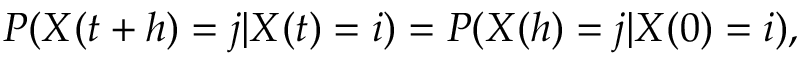
P ( X ( t + h ) = j | X ( t ) = i ) = P ( X ( h ) = j | X ( 0 ) = i ) ,